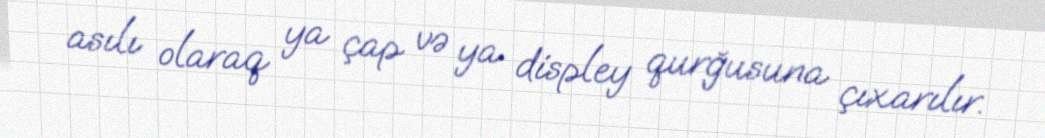
asılı olaraq ya çap və ya displey qurğusuna çıxarılır.